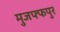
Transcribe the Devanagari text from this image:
मुजफ्फपुर